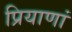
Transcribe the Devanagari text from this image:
प्रियाणां